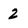
Character: 2